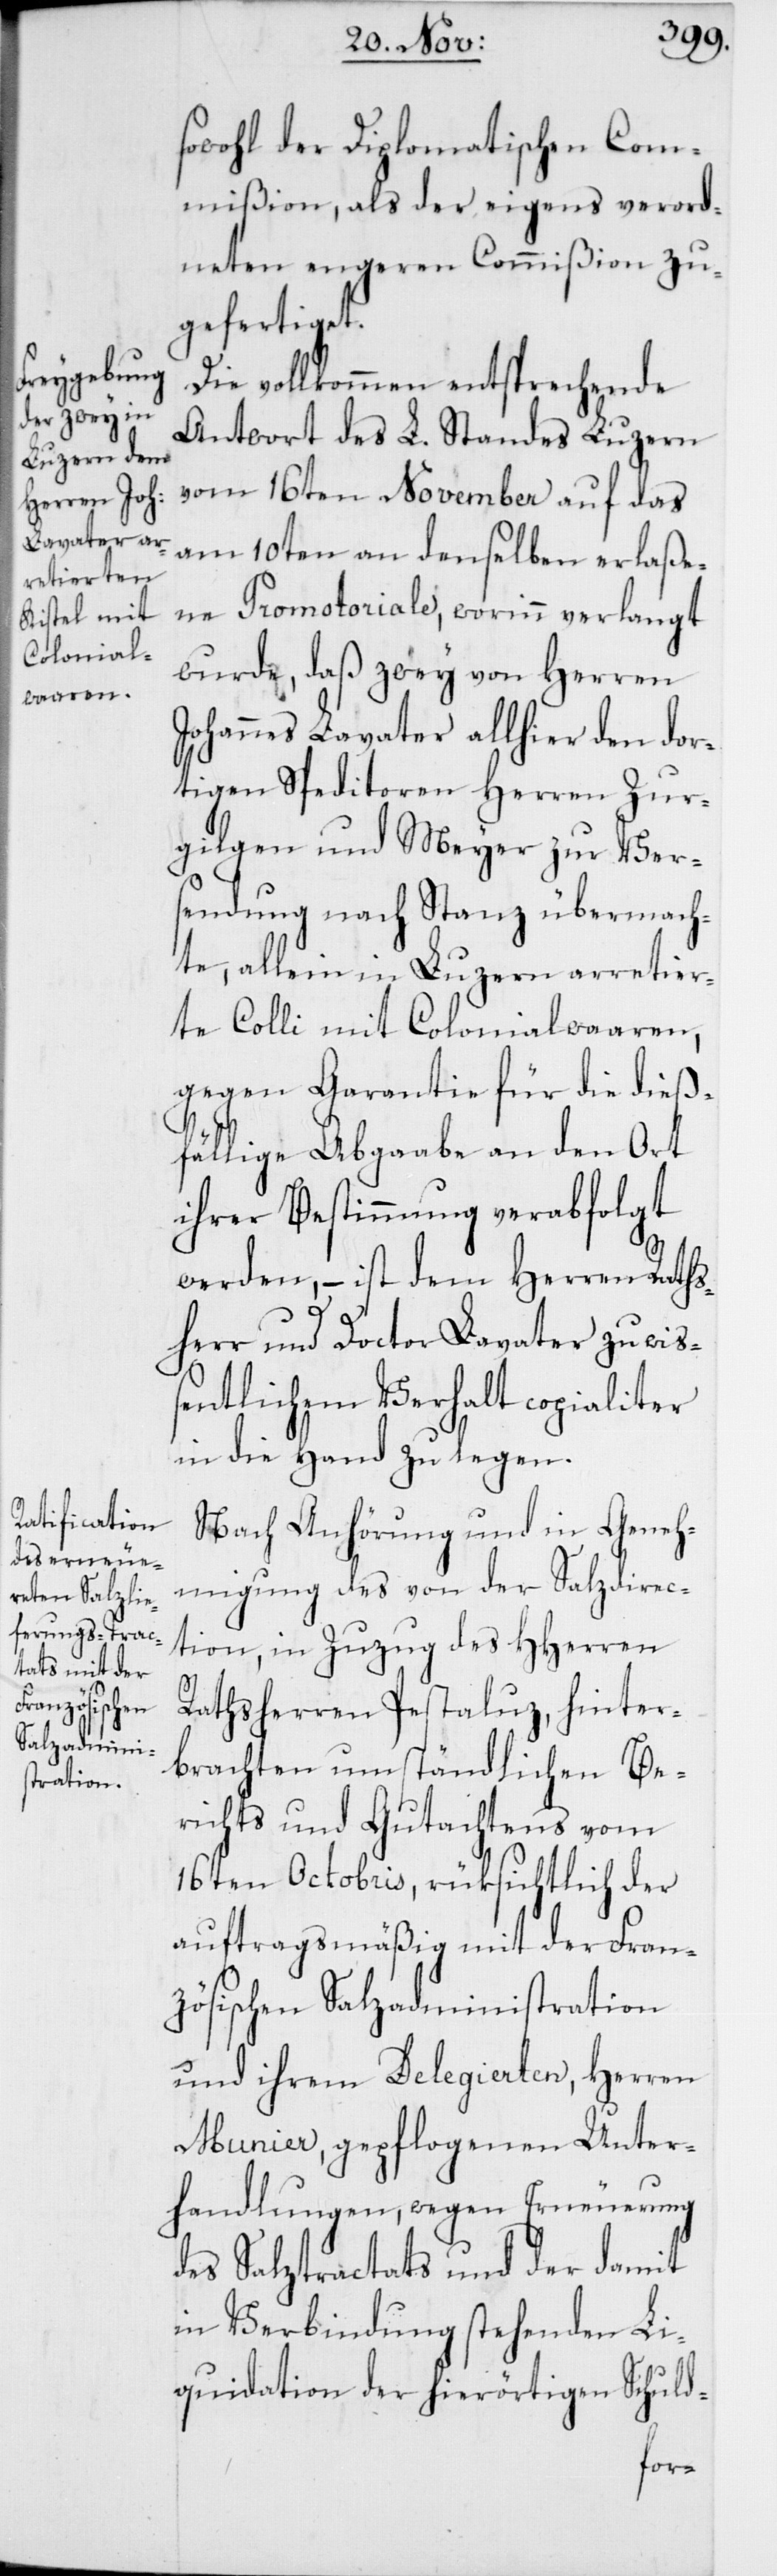
sowohl der Diplomatischen Com¬
mißion, als der eigens verord¬
neten engeren Commißion zu¬
gefertiget.
Die vollkommen entsprechende
Antwort des L. Standes Luzern
vom 16ten November auf das
am 10ten an denselben erlaße¬
ne Promotoriale, worinn verlangt
wurde, daß zwey von Herren
Johannes Lavater allhier den dor¬
tigen Speditoren Herren Zur¬
gilgen und Meyer zur Ver¬
sendung nach Stanz übermach¬
te, allein in Luzern arretier¬
te Colli mit Colonialwaaren,
gegen Garantie für die dieß¬
fällige Abgaabe an den Ort
ihrer Bestimmung verabfolgt
werden, – ist dem Herren Raths¬
herr und Doctor Lavater zu wiß¬
entlichem Verhalt copialiter
in die Hand zu legen.
Nach Anhörung und in Geneh¬
migung des von der Salzdirec¬
tion, in Zuzug des HHerren
Rathsherren Pestaluz, hinter¬
brachten umständlichen Be¬
richts und Gutachtens vom
16ten Octobris, rüksichtlich der
auftragsmäßig mit der Fran¬
zösischen Salzadministration
und ihrem Delegierten, Herren
Munier, gepflogenen Unter¬
handlungen, wegen Erneuerung
des Salztractats und der damit
in Verbindung stehenden Li¬
quidation der hierörtigen Schuld-